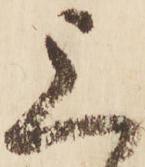
上